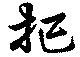
把